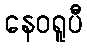
နေဝရူပီ